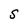
Character: S